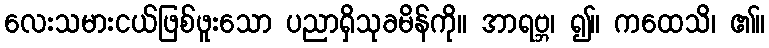
လေးသမားငယ်ဖြစ်ဖူးသော ပညာရှိသုခမိန်ကို။ အာရဗ္ဘ၊ ၍။ ကထေသိ၊ ၏။